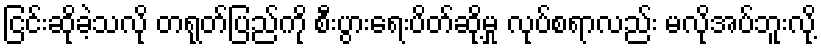
ငြင်းဆိုခဲ့သလို တရုတ်ပြည်ကို စီးပွားရေးပိတ်ဆို့မှု လုပ်စရာလည်း မလိုအပ်ဘူးလို့